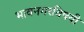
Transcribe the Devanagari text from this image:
भावनगरविषयी